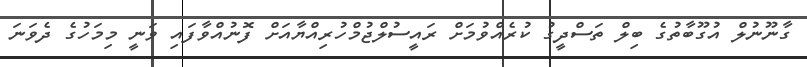
ގާނޫނުލް އުގޫބާތުގެ ބިލް ތަސްދީގު ކުރެއްވުމަށް ރައީސުލްޖުމްހުރިއްޔާއަށް ފޮނުއްވާފައި ވަނީ މިމަހުގެ ދެވަނަ